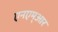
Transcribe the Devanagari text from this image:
एनएम्आर